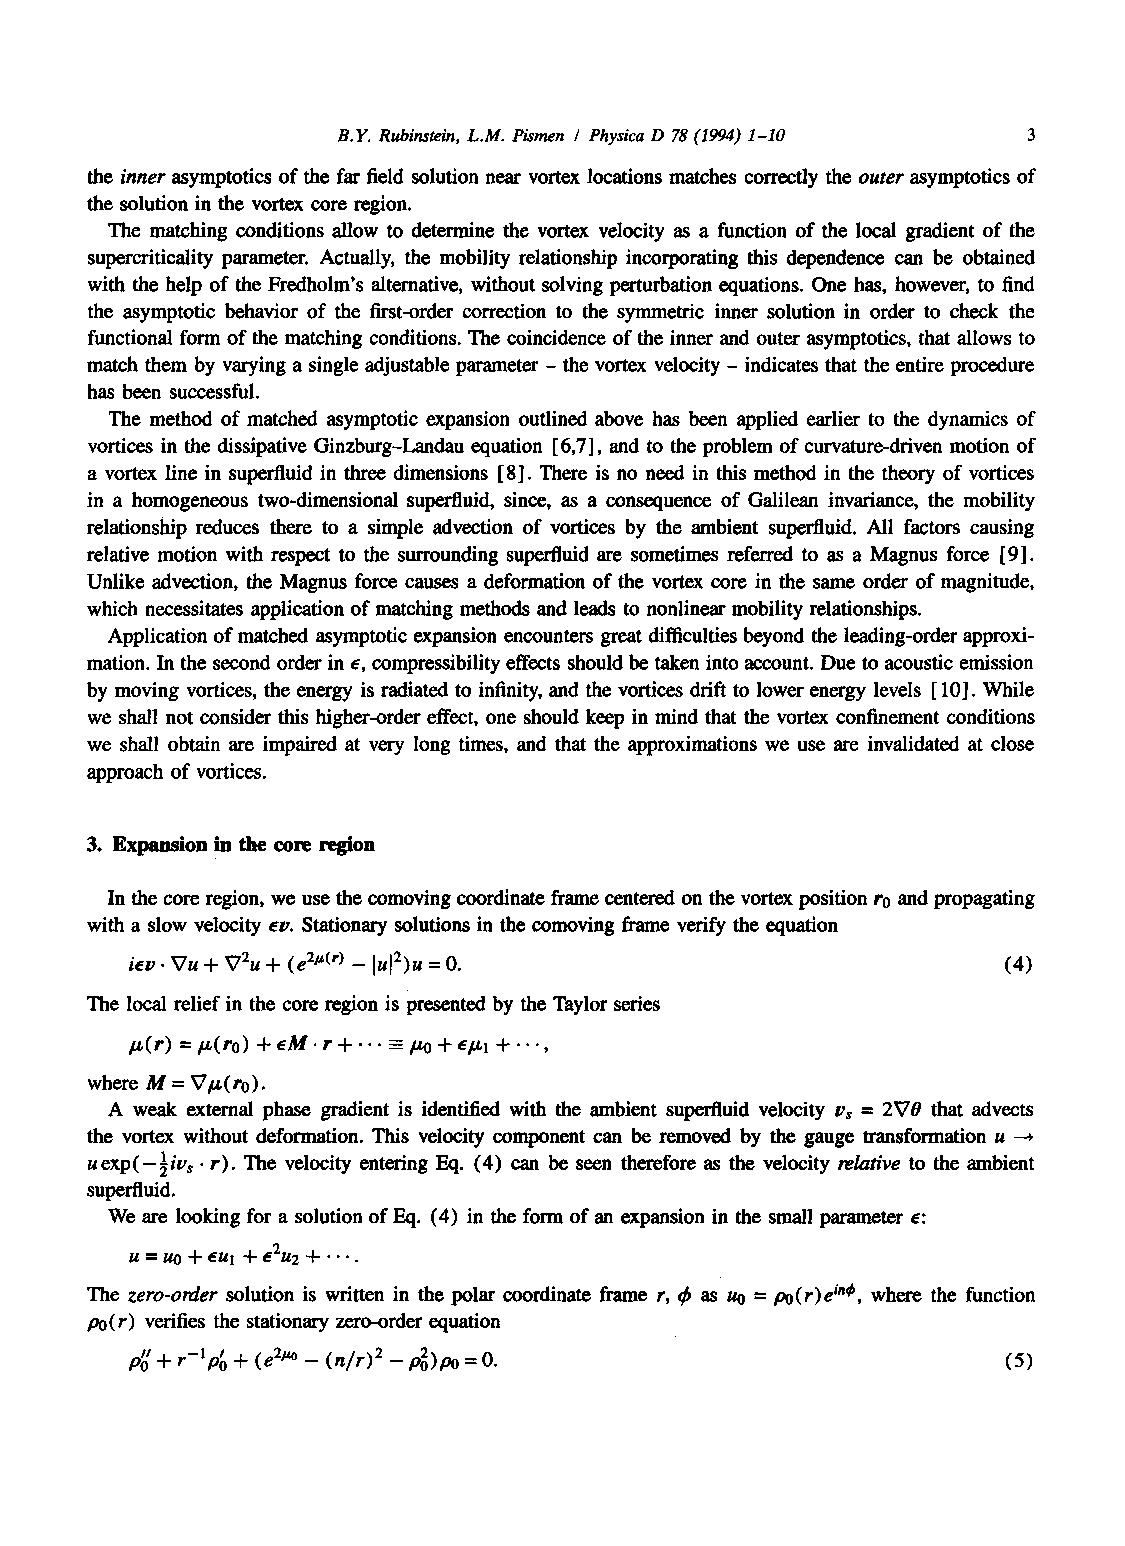
B.Y. Rubinstein, L.M. Pismen / Physica D 78 (1994) 1-10 3
 the inner asymptotics of the far field solution near vortex locations matches correctly the outer asymptotics of
 the solution in the vortex core region.
 The matching conditions allow to determine the vortex velocity as a function of the local gradient of the
 supercriticality parameter. Actually, the mobility relationship incorporating this dependence can be obtained
 with the help of the Fredholm's alternative, without solving perturbation equations. One has, however, to find
 the asymptotic behavior of the first-order correction to the symmeaic inner solution in order to check the
 functional form of the matching conditions. The coincidence of the inner and outer asymptotics, that allows to
 match them by varying a single adjustable parameter - the vortex velocity - indicates that the entire procedure
 has been successful.
 The method of matched asymptotic expansion outlined above has been applied earlier to the dynamics of
 vortices in the dissipative Ginzburg-Landau equation 6,7, and to the problem of curvature-driven motion of
 a vortex line in superfluid in three dimensions 8. There is no need in this method in the theory of vortices
 in a homogeneous two-dimensional superfluid, since, as a consequence of Galilean invariance, the mobility
 relationship reduces there to a simple advection of vortices by the ambient superfluid. All factors causing
 relative motion with respect to the surrounding superfluid are sometimes referred to as a Magnus force 9.
 Unlike advection, the Magnus force causes a deformation of the vortex core in the same order of magnitude,
 which necessitates application of matching methods and leads to nonlinear mobility relationships.
 Application of matched asymptotic expansion encounters great difficulties beyond the leading-order approxi-
 marion. In the second order in e, compressibility effects should be taken into account. Due to acoustic emission
 by moving vortices, the energy is radiated to infinity, and the vortices drift to lower energy levels 10. While
 we shall not consider this higher-order effect, one should keep in mind that the vortex confinement conditions
 we shall obtain are impaired at very long times, and that the approximations we use are invalidated at close
 approach of vortices.
 3. Expansion in the core region
 In the core region, we use the comoving coordinate frame centered on the vortex position r0 and propagating
 with a slow velocity ev. Stationary solutions in the comoving frame verify the equation
 icy. Vu + W2u + (e 2~(r) - lul2)u = 0.                    (4)
 The local relief in the core region is presented by the Taylor series
 /~(r) =/~(ro) + ~M. r +... -/.to + */tl +...,
 where M = V/z(ro).
 A weak external phase gradient is identified with the ambient superfluid velocity Vs = 2V0 that advects
 the vortex without deformation. This velocity component can be removed by the gauge transformation u -*
 uexp(-½ivs • r). The velocity entering Eq. (4) can be seen therefore as the velocity relative to the ambient
 superfluid.
 We are looking for a solution of Eq. (4) in the form of an expansion in the small parameter e:
 U----U0+~Ul +E2U2 +'''.
 The zero-order solution is written in the polar coordinate frame r, fb as uo = po(r)e ine, where the function
 p0(r) verifies the stationary zero-order equation
 plol + r-l p~ + (e 2~ - (n/r) 2 - p2o)Po = O.             (5)